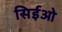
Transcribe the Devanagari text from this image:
सिईओ